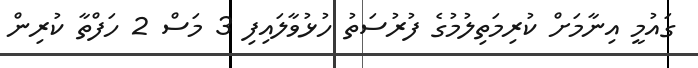
ގައުމީ އިނާމަށް ކުރިމަތިލުމުގެ ފުރުސަތު ހުޅުވާލައިފި 3 މަސް 2 ހަފްތާ ކުރިން